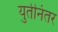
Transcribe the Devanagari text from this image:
युतीनंतर